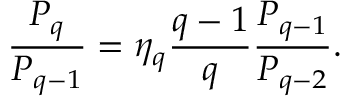
\frac { P _ { q } } { P _ { q - 1 } } = \eta _ { q } \frac { q - 1 } { q } \frac { P _ { q - 1 } } { P _ { q - 2 } } .